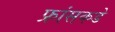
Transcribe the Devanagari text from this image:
फ्रांसकडे